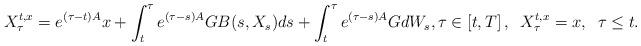
LaTeX: \begin{align*}X_\tau ^{t,x} =e^{(\tau-t)A}x+\int_t^\tau e^{(\tau-s)A}GB(s,X_s)ds+\int_t^\tau e^{(\tau-s)A}GdW_s ,\tau\in\left[t,T\right], \;\; X_\tau ^{t,x} =x, \; \;\tau \le t.\end{align*}